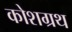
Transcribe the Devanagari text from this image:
कोशग्रथ